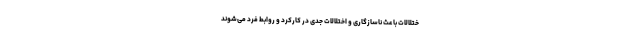
ختلالات باعث ناسازگاری و اختلالات جدی در کارکرد و روابط فرد می‌شوند